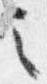
之